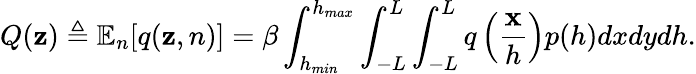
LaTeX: Q(\mathbf{z})\triangleq\mathbb{{E}}_{n}[q(\mathbf{z},n)]=\beta\int_{h_{min}}^{h_{max}}\int_{-L}^{L}\int_{-L}^{L}q\left(\frac{{\mathbf{{x}}}}{{h}}\right)p(h)dxdydh.